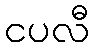
ငပလီ